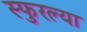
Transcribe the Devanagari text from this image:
स्फुरल्या